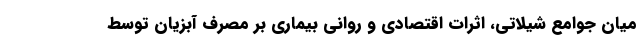
میان جوامع شیلاتی، اثرات اقتصادی و روانی بیماری بر مصرف آبزیان توسط